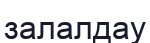
залалдау